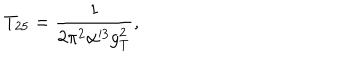
LaTeX: T _ { 2 5 } = \frac { 1 } { 2 \pi ^ { 2 } \alpha ^ { 3 } g _ { T } ^ { 2 } } ,